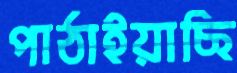
পাঠাইয়াছি